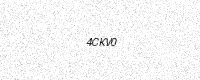
Text: 4CKV0